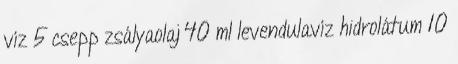
víz 5 csepp zsályaolaj 40 ml levendulavíz hidrolátum 10